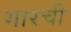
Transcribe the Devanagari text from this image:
गारची